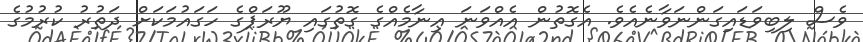
ވެސް ލިބިވަޑައިގަންނަވާނެއެވެ. އެގޮތުން އެއްވަނަ އިނާމެއްގެ ގޮތުގައި ޔޫރަޕްގެ ހަގައުމަކަށް ދަތުރު ކުރުމުގެ